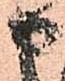
申